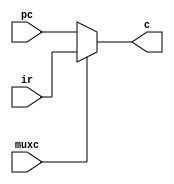
//------------------------------------------------------------------------------
//
// Description: MUX C for the Simple CPU v1
//
// (C) Omkar Kamath, 2022. No part may be reproduced without permission from
//     author.
//------------------------------------------------------------------------------

module mux_c(
	     muxc,
	     pc,
	     ir,
	     c
	     );
   
   input wire muxc;
   input wire [7:0] pc;
   input wire [7:0] ir;
   
   output reg [7:0] c;
   
   //--------------------------------------------------------------------
   // Main MUX C process
   //--------------------------------------------------------------------]
   
   always @(*)
     begin
	if (muxc == 1'b0)
	  begin
	     c <= pc;
	  end
	else
	  begin
	     c <= ir;
	  end
     end // always @ (*)
   
endmodule // mux_c